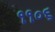
૧૧૦૬